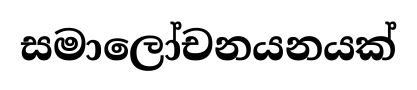
සමාලෝචනයනයක්